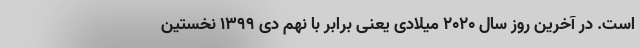
است. در آخرین روز سال ۲۰۲۰ میلادی یعنی برابر با نهم دی ۱۳۹۹ نخستین